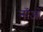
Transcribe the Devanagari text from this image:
नॉओ